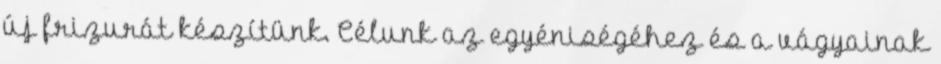
új frizurát készítünk. Célunk az egyéniségéhez és a vágyainak